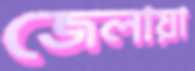
জেলায়া